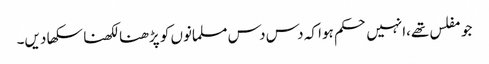
جو مفلس تھے،انہیں حکم ہوا کہ دس دس مسلمانوں کو پڑھنا لکھنا سکھا دیں۔